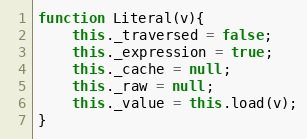
Language: JavaScript
function Literal(v){
	this._traversed = false;
	this._expression = true;
	this._cache = null;
	this._raw = null;
	this._value = this.load(v);
}